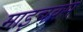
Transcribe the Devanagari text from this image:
माइचक्स